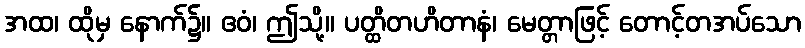
အထ၊ ထိုမှ နောက်၌။ ဧဝံ၊ ဤသို့။ ပတ္ထိတဟိတာနံ၊ မေတ္တာဖြင့် တောင့်တအပ်သော